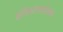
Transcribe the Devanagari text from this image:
इतिहासशोधक